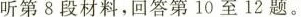
听第8段材料，回答第10至12题。